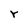
Character: r